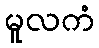
မူလကံ